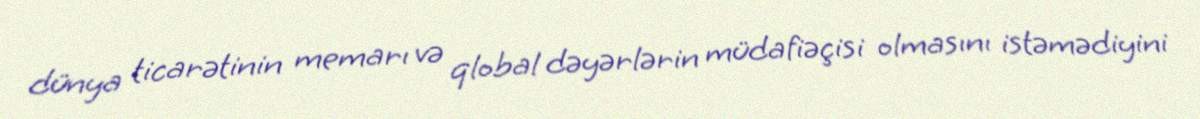
dünya ticarətinin memarı və qlobal dəyərlərin müdafiəçisi olmasını istəmədiyini